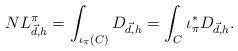
LaTeX: \begin{align*}NL_{\vec{d},h}^\pi = \int_{\iota_\pi(C)}D_{\vec{d},h} = \int_C \iota_\pi^*D_{\vec{d},h}.\end{align*}